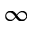
\infty